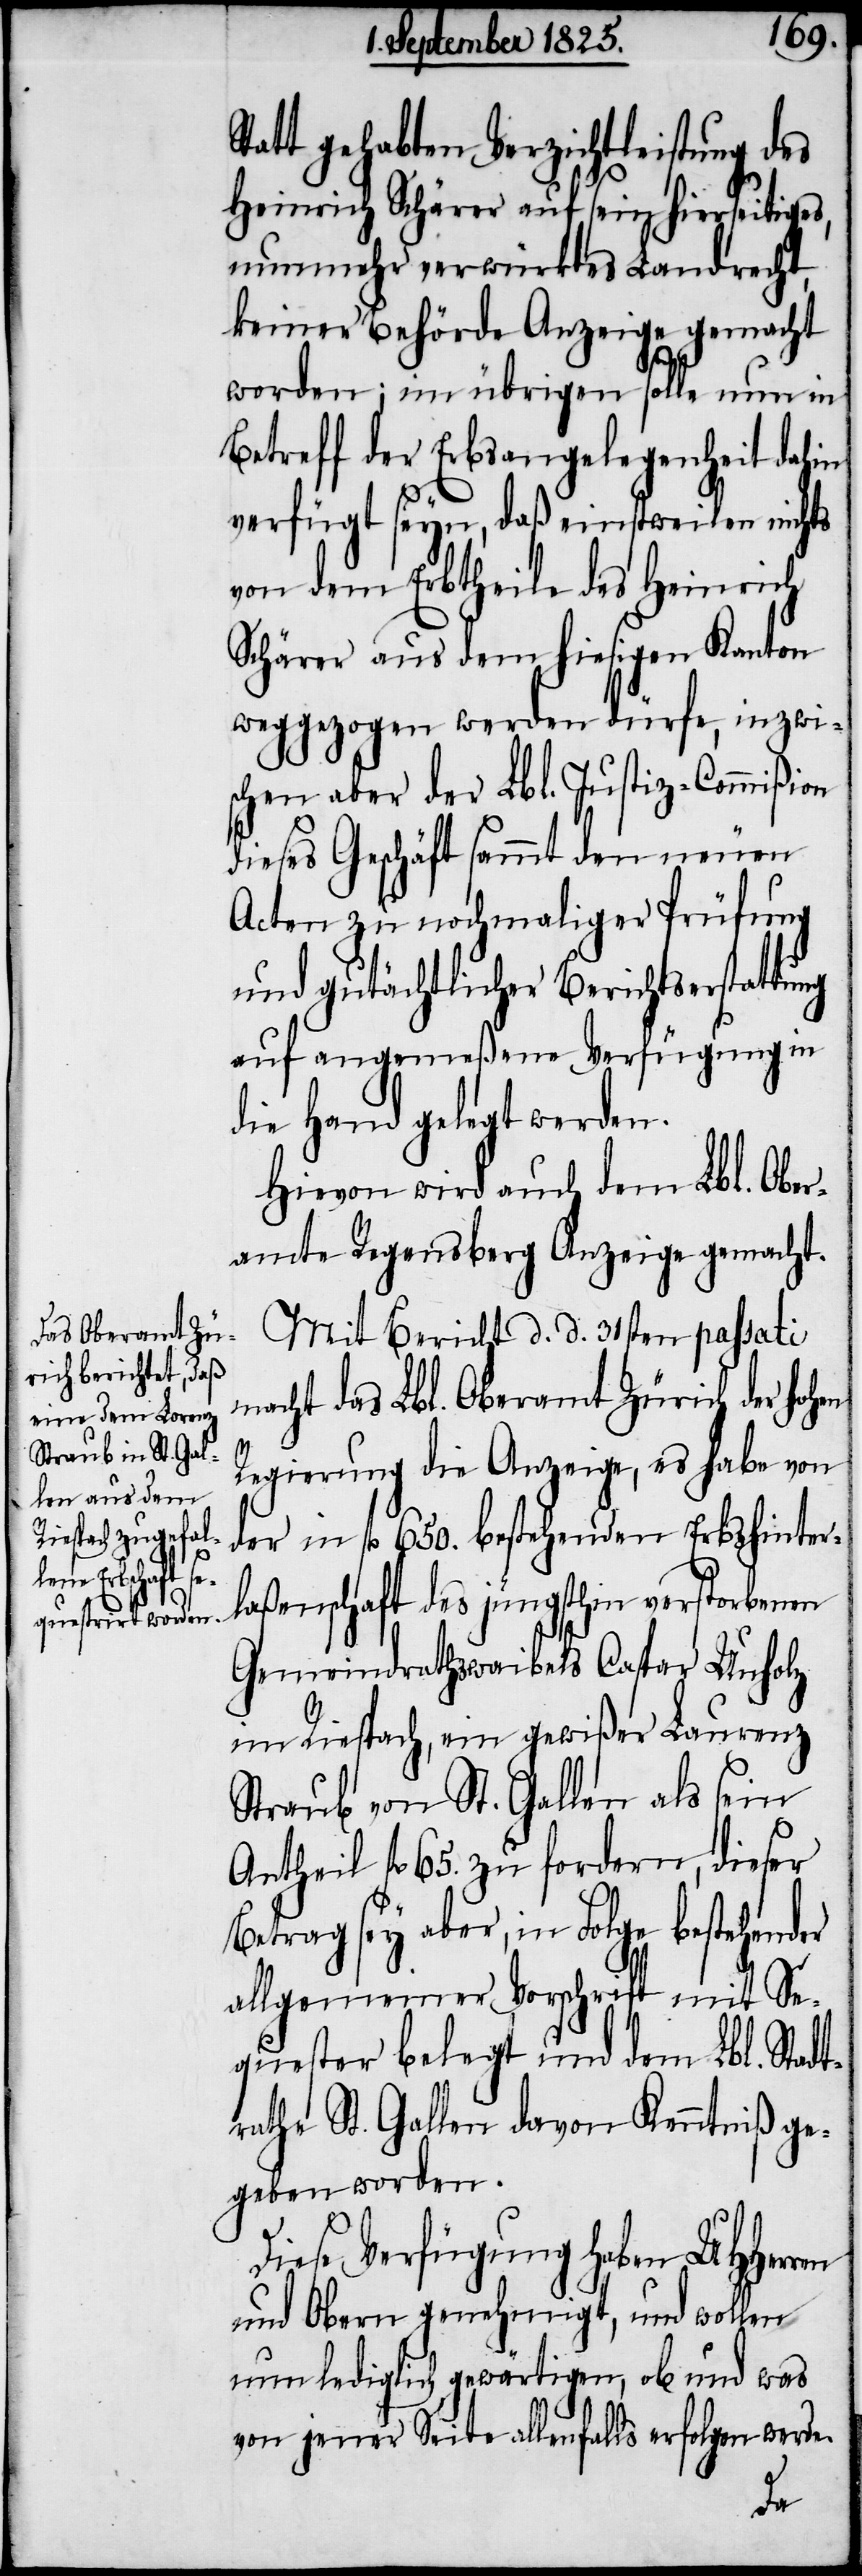
Statt gehabten Verzichtleistung des
Heinrich Schärer auf sein hierseitige¬
nunmehr verwürktes Landrecht,
keiner Behörde Anzeige gemacht
worden; im übrigen solle nun in
Betreff der Erbsangelegenheit dahin
verfügt seyn, daß einstweilen nichts
von dem Erbtheile des Heinrich
Schärer aus dem hiesigen Kanton
weggezogen werden dürfe, inzwi¬
schen aber der Lbl. Justiz-Commißion
dieses Geschäft sammt den neuen
Acten zu nochmaliger Prüfung
und gutächtlicher Berichtserstattung
auf angemeßene Verfügung in
die Hand gelegt werden.
Hievon wird auch dem Lbl. Ober¬
amte Regensperg Anzeige gemacht.
Mit Bericht d. d. 31sten passati
macht das Lbl. Oberamt Zürich der hohen
s,
Regierung die Anzeige, es habe von
der in fl 650. bestehenden Erbshinter¬
laßenschaft des jüngsthin verstorbenen
Gemeindrathswaibels Caspar Unholz
im Riespach, ein gewißer Laurenz
Straub von St. Gallen als sein
Antheil fl 65. zu fordern, dieser
Betrag sey aber, in Folge bestehender
allgemeiner Vorschrift mit Se¬
quester belegt und dem Lbl. Stadt¬
rathe St. Gallen davon Kenntniß ge¬
geben worden.
Diese Verfügung haben UHHerren
und Obern genehmigt, und wollen
nun lediglich gewärtigen, ob und was
von jener Seite allenfalls erfolgen werde.